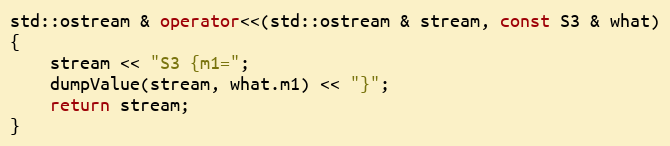
Language: C++
std::ostream & operator<<(std::ostream & stream, const S3 & what)
{
    stream << "S3 {m1=";
    dumpValue(stream, what.m1) << "}";
    return stream;
}